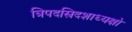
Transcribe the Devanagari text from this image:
त्रिपदस्त्रिदशाध्यक्षो